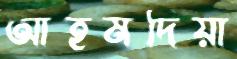
আহমদিয়া